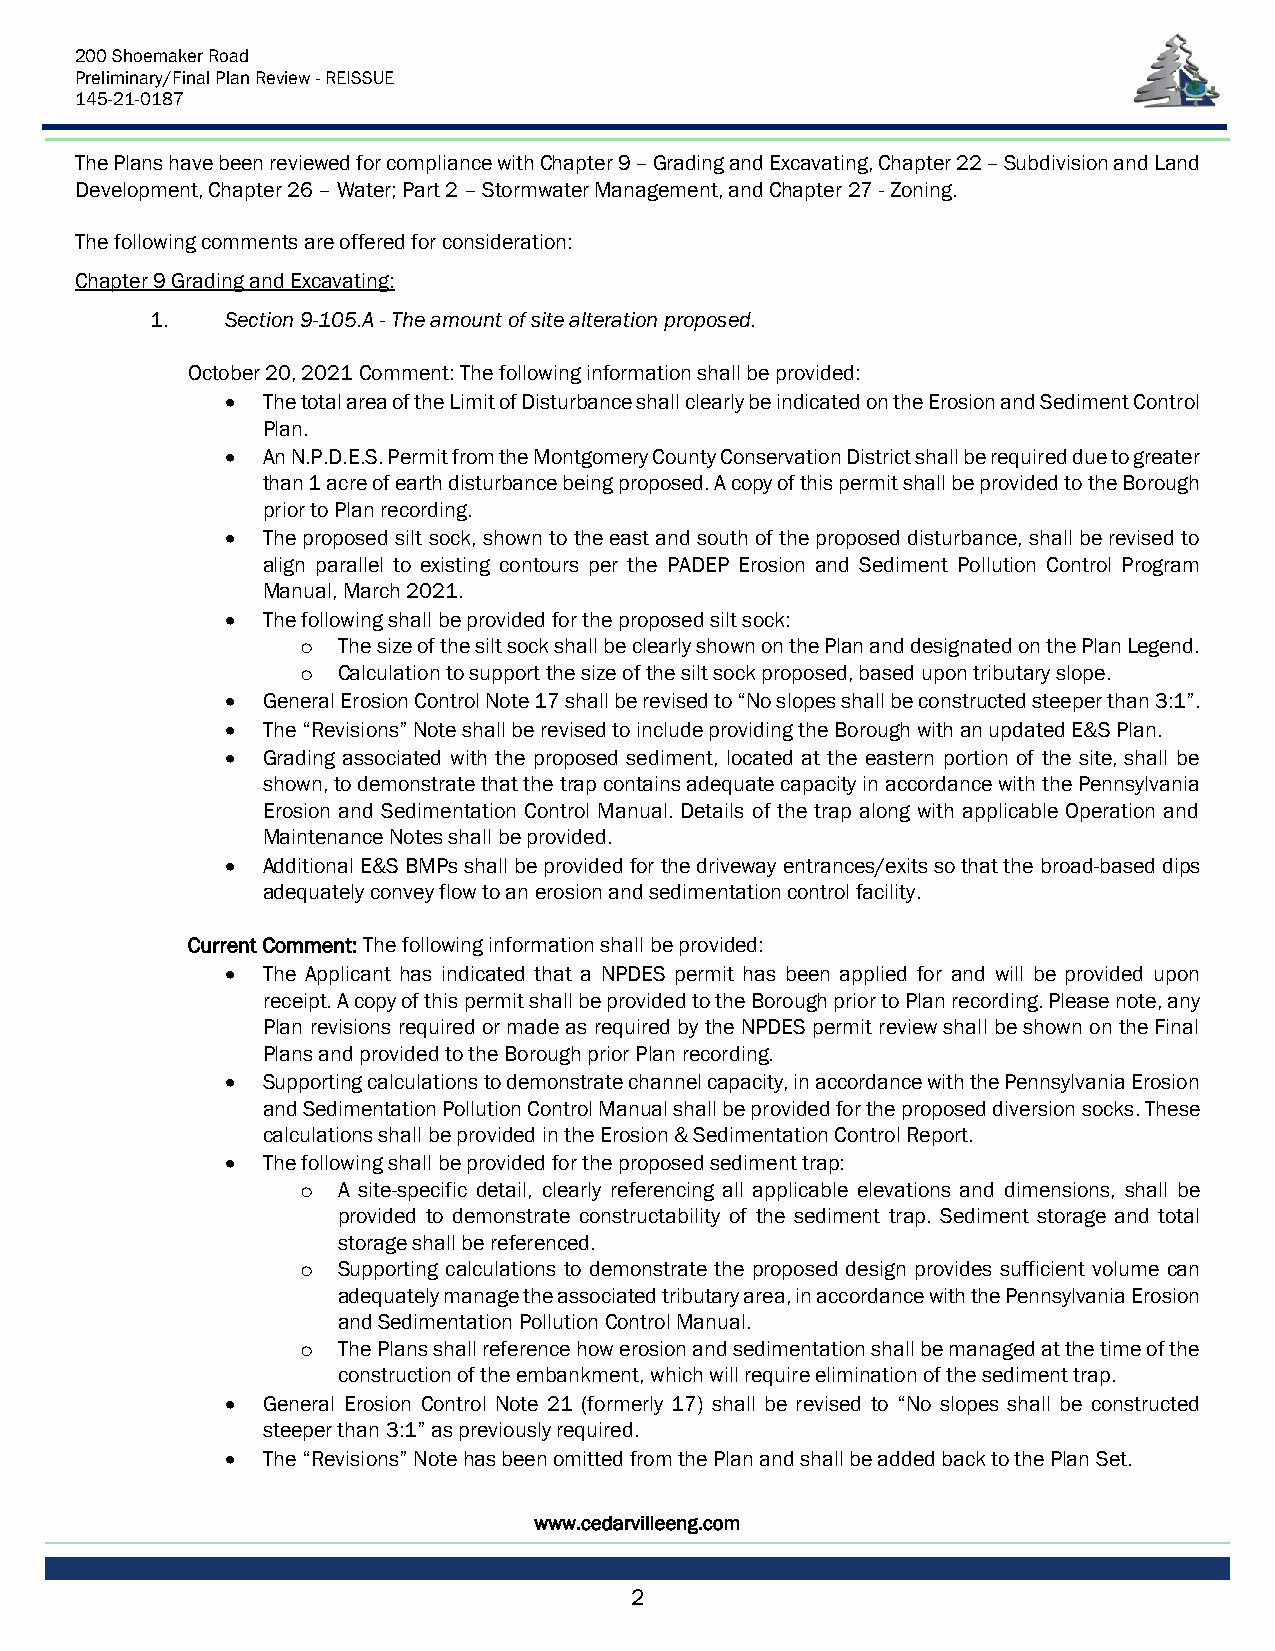
200 Shoemaker Road
 Preliminary/Final Plan Review - REISSUE
 145-21-0187
 The Plans have been reviewed for compliance with Chapter 9 – Grading and Excavating, Chapter 22 – Subdivision and Land
 Development, Chapter 26 – Water; Part 2 – Stormwater Management, and Chapter 27 - Zoning.
 The following comments are offered for consideration:
 Chapter 9 Grading and Excavating:
 1.   Section 9-105.A - The amount of site alteration proposed.
 October 20, 2021 Comment: The following information shall be provided:
 • The total area of the Limit of Disturbance shall clearly be indicated on the Erosion and Sediment Control
 Plan.
 • An N.P.D.E.S. Permit from the Montgomery County Conservation District shall be required due to greater
 than 1 acre of earth disturbance being proposed. A copy of this permit shall be provided to the Borough
 prior to Plan recording.
 • The proposed silt sock, shown to the east and south of the proposed disturbance, shall be revised to
 align parallel to existing contours per the PADEP Erosion and Sediment Pollution Control Program
 Manual, March 2021.
 • The following shall be provided for the proposed silt sock:
 o The size of the silt sock shall be clearly shown on the Plan and designated on the Plan Legend.
 o Calculation to support the size of the silt sock proposed, based upon tributary slope.
 • General Erosion Control Note 17 shall be revised to “No slopes shall be constructed steeper than 3:1”.
 • The “Revisions” Note shall be revised to include providing the Borough with an updated E&S Plan.
 • Grading associated with the proposed sediment, located at the eastern portion of the site, shall be
 shown, to demonstrate that the trap contains adequate capacity in accordance with the Pennsylvania
 Erosion and Sedimentation Control Manual. Details of the trap along with applicable Operation and
 Maintenance Notes shall be provided.
 • Additional E&S BMPs shall be provided for the driveway entrances/exits so that the broad-based dips
 adequately convey flow to an erosion and sedimentation control facility.
 Current Comment: The following information shall be provided:
 • The Applicant has indicated that a NPDES permit has been applied for and will be provided upon
 receipt. A copy of this permit shall be provided to the Borough prior to Plan recording. Please note, any
 Plan revisions required or made as required by the NPDES permit review shall be shown on the Final
 Plans and provided to the Borough prior Plan recording.
 • Supporting calculations to demonstrate channel capacity, in accordance with the Pennsylvania Erosion
 and Sedimentation Pollution Control Manual shall be provided for the proposed diversion socks. These
 calculations shall be provided in the Erosion & Sedimentation Control Report.
 • The following shall be provided for the proposed sediment trap:
 o A site-specific detail, clearly referencing all applicable elevations and dimensions, shall be
 provided to demonstrate constructability of the sediment trap. Sediment storage and total
 storage shall be referenced.
 o Supporting calculations to demonstrate the proposed design provides sufficient volume can
 adequately manage the associated tributary area, in accordance with the Pennsylvania Erosion
 and Sedimentation Pollution Control Manual.
 o The Plans shall reference how erosion and sedimentation shall be managed at the time of the
 construction of the embankment, which will require elimination of the sediment trap.
 • General Erosion Control Note 21 (formerly 17) shall be revised to “No slopes shall be constructed
 steeper than 3:1” as previously required.
 • The “Revisions” Note has been omitted from the Plan and shall be added back to the Plan Set.
 www.cedarvilleeng.com
 2